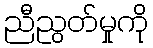
ညီညွတ်မှုကို